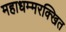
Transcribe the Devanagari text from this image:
महाधम्मरक्खित